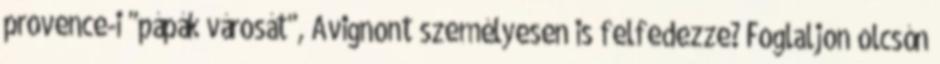
provence-i "pápák városát", Avignont személyesen is felfedezze? Foglaljon olcsón